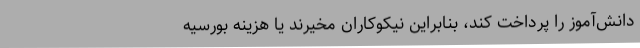
دانش‌آموز را پرداخت کند، بنابراین نیکوکاران مخیرند یا هزینه بورسیه